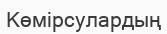
Көмірсулардың